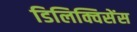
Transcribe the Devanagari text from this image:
डिलिक्विसेंस